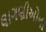
લાગણીઓના